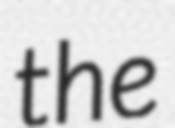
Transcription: the